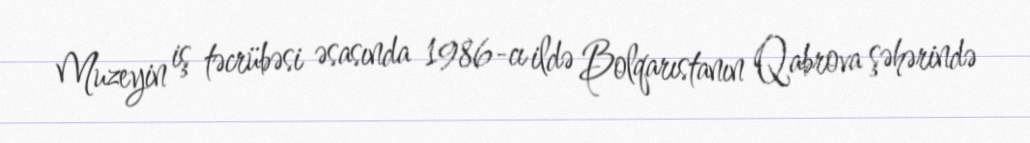
Muzeyin iş təcrübəsi əsasında 1986-cı ildə Bolqarıstanın Qabrova şəhərində